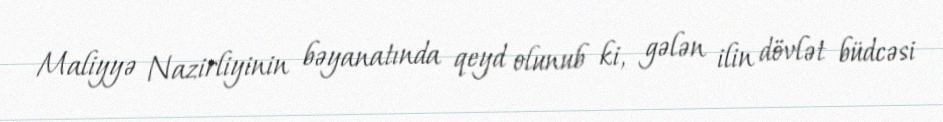
Maliyyə Nazirliyinin bəyanatında qeyd olunub ki, gələn ilin dövlət büdcəsi